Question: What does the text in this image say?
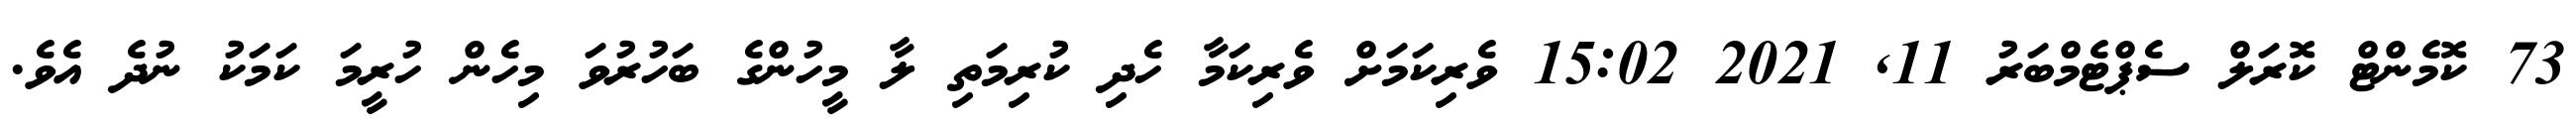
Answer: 73 ކޮމެންޓް ކޮރަލް ސެޕްޓެމްބަރު 11, 2021 15:02 ވެރިކަމަށް ވެރިކަމާ ހެދި ކުރިމަތި ލާ މީހުންގެ ބަހުރުވަ މިހެން ހުރީމަ ކަމަކު ނުދެ އެވެ.